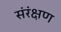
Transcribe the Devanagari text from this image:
संरंक्षण